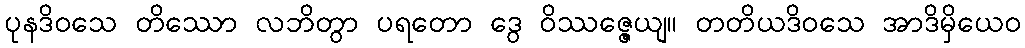
ပုနဒိဝသေ တိဿော လဘိတွာ ပရတော ဒွေ ဝိဿဇ္ဇေယျ။ တတိယဒိဝသေ အာဒိမှိယေဝ